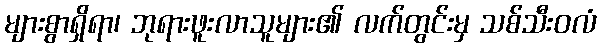
များစွာရှိရာ၊ ဘုရားဖူးလာသူများ၏ လက်တွင်းမှ သစ်သီးဝလံ